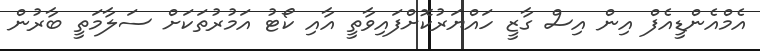
އެމްއެންޑީއެފް އިން އިސް ގާޒީ ހައްޔަރުކޮށްފައިވާތީ އާއި ކޯޓު އަމުރުތަކަށް ސަލާމަތީ ބާރުން